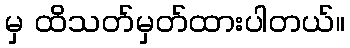
မှ ထိသတ်မှတ်ထားပါတယ်။